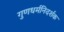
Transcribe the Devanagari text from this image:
गुणधर्मनिदर्शक